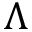
\Lambda